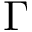
\Gamma